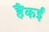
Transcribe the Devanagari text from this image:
हैंकई